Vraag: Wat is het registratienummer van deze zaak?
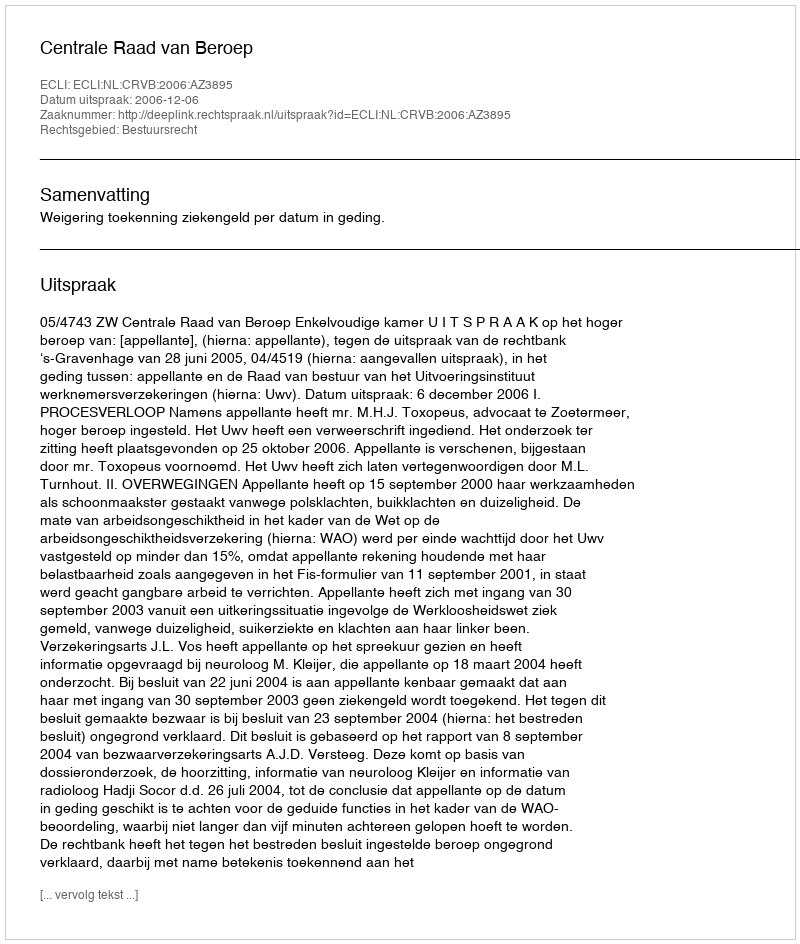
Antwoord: http://deeplink.rechtspraak.nl/uitspraak?id=ECLI:NL:CRVB:2006:AZ3895